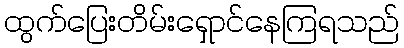
ထွက်ပြေးတိမ်းရှောင်နေကြရသည်